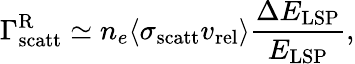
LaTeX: \Gamma_{\mathrm{scatt}}^{\mathrm{R}}\simeq n_{e}\langle\sigma_{\mathrm{scatt}}v_{\mathrm{rel}}\rangle\frac{\Delta E_{\mathrm{LSP}}}{E_{\mathrm{LSP}}},